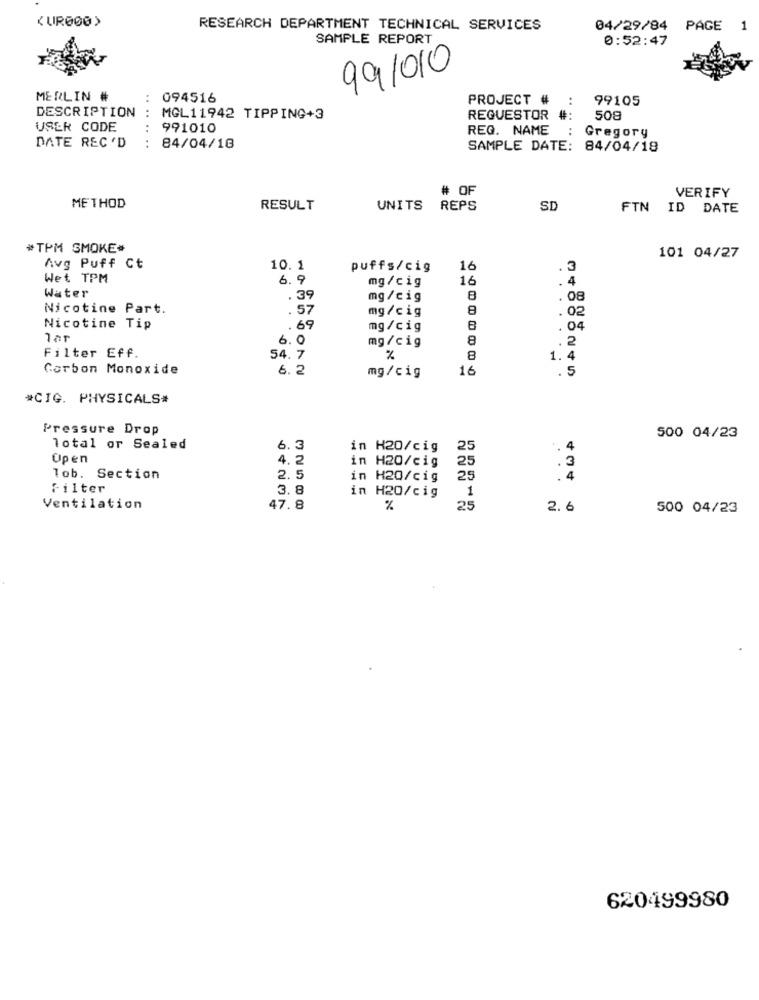
( UR000)
RESEARCH DEPARTMENT TECHNICAL SERVICES
04/29/84 PAGE 1
SAMPLE REPORT
0:52:47
991010
MERLIN #
094516
PROJECT #
99105
DESCRIPTION
MGL11942 TIPPING+3
REQUESTOR #:
508
USER CODE
......
991010
REG. NAME
......
Gregory
DATE REC 'D
84/04/18
SAMPLE DATE: 84/04/18
# OF
VERIFY
METHOD
RESULT
UNITS REPS
SD
FTN ID DATE
#TPM SMOKE#
101 04/27
Avg Puff Ct
10. 1
puffs/cig
16
. 3
Wet TPM
6.9
mg/cig
16
. 4
Water
.39
mg/cig
8
.08
Nicotine Part.
.57
mg/cig
8
. 02
Nicotine Tip
.. 69
mg /cig
. 04
6. 0
8
.2
mg /cig
Filter Eff.
54.7
%
8
1. 4
Carbon Monoxide
6. 2
mg/cig
16
. 5
#CIG. PHYSICALS*
Pressure Drop
500 04/23
Total or Sealed
6.3
in H20/cig
25
.4
Open
4. 2
in H20/cig
25
.3
lob. Section
2.5
in H20/cig
25
. 4
Filter
3.8
in H20/cig
1
Ventilation
47.8
%
25
2.6
500 04/23
620499980